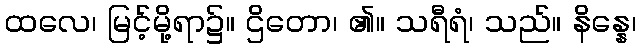
ထလေ၊ မြင့်မို့ရာ၌။ ဌိတော၊ ၏။ သရီရံ၊ သည်။ နိန္နေ၊